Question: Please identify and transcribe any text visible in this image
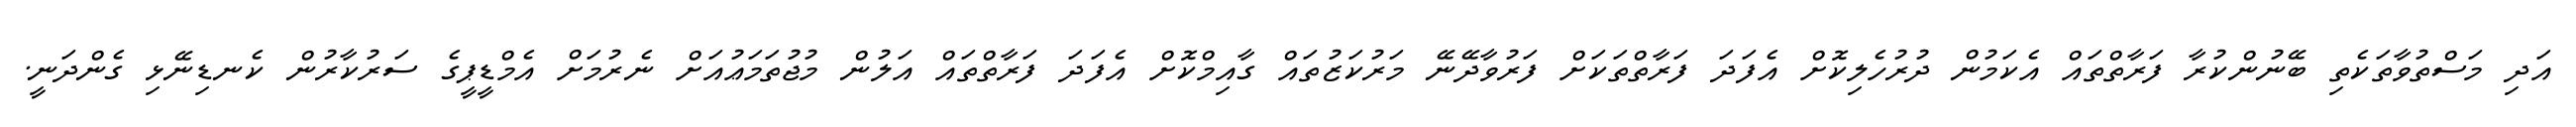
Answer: އަދި މަސްތުވާތަކެތި ބޭނުންކުރާ ފަރާތްތައް އެކަމުން ދުރުހެލިކޮށް އެފަދަ ފަރާތްތަކަށް ފަރުވާދޭނޭ މަރުކަޒުތައް ގާއިމްކޮށް އެފަދަ ފަރާތްތައް އަލުން މުޖުތަމަޢުއަށް ނެރުމަށް އެމްޑީޕީގެ ސަރުކާރުން ކެނޑިނޭޅި ގެންދަނީ.